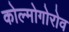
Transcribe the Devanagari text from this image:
कोल्मोगोरोव